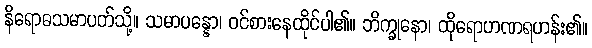
နိရောဓသမာပတ်သို့။ သမာပန္နော၊ ဝင်စားနေထိုင်ပါ၏။ ဘိက္ခုနော၊ ထိုရောဟဏရဟန်း၏။